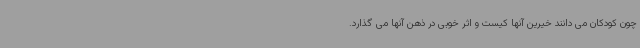
چون کودکان می دانند خیرین آنها کیست و اثر خوبی در ذهن آنها می گذارد.